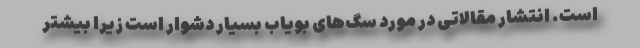
است. انتشار مقالاتی در مورد سگ‌های بویاب بسیار دشوار است زیرا بیشتر